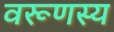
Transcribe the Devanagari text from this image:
वरूणस्य